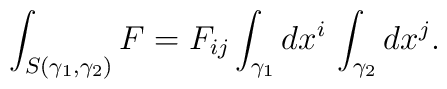
\int_{S(\gamma_1,\gamma_2)} F = F_{ij} \int_{\gamma_1} dx^i \,\int_{\gamma_2} dx^j.